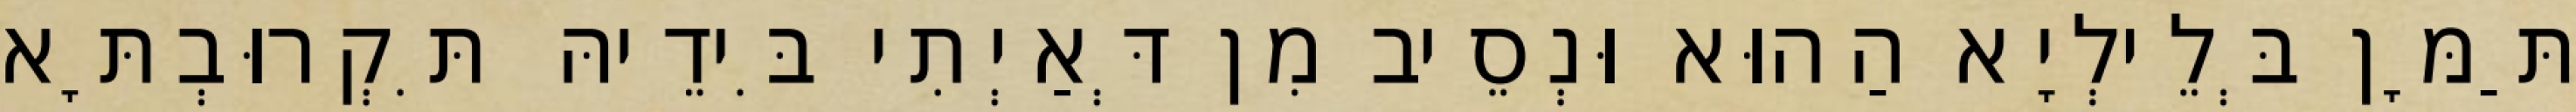
תַּמָּן בְּלֵילְיָא הַהוּא וּנְסֵיב מִן דְּאַיְתִי בִּידֵיהּ תִּקְרוּבְתָּא